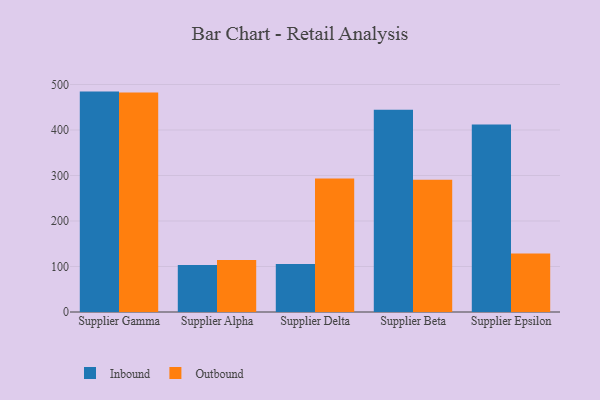
{"axis": {"x": "Supplier", "y": "Headcount"}, "legend": ["Inbound", "Outbound"], "data": [{"x": "Supplier Gamma", "y": 484.4, "type": "Inbound"}, {"x": "Supplier Gamma", "y": 482.3, "type": "Outbound"}, {"x": "Supplier Alpha", "y": 103.3, "type": "Inbound"}, {"x": "Supplier Alpha", "y": 114.1, "type": "Outbound"}, {"x": "Supplier Delta", "y": 105.4, "type": "Inbound"}, {"x": "Supplier Delta", "y": 293.6, "type": "Outbound"}, {"x": "Supplier Beta", "y": 444.5, "type": "Inbound"}, {"x": "Supplier Beta", "y": 290.6, "type": "Outbound"}, {"x": "Supplier Epsilon", "y": 412.3, "type": "Inbound"}, {"x": "Supplier Epsilon", "y": 128.5, "type": "Outbound"}]}